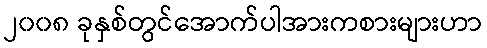
၂၀၀၈ ခုနှစ်တွင်အောက်ပါအားကစားများဟာ